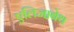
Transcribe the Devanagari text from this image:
एलिजा़बेथ